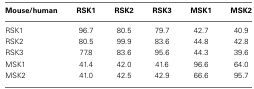
<table><thead><tr><td><b>Mouse/human</b></td><td><b>RSK1</b></td><td><b>RSK2</b></td><td><b>RSK3</b></td><td><b>MSK1</b></td><td><b>MSK2</b></td></tr></thead><tbody><tr><td>RSK1</td><td>96.7</td><td>80.5</td><td>79.7</td><td>42.7</td><td>40.9</td></tr><tr><td>RSK2</td><td>80.5</td><td>99.9</td><td>83.6</td><td>44.8</td><td>42.8</td></tr><tr><td>RSK3</td><td>77.8</td><td>83.6</td><td>95.6</td><td>44.3</td><td>39.6</td></tr><tr><td>MSK1</td><td>41.4</td><td>42.0</td><td>41.6</td><td>96.6</td><td>64.0</td></tr><tr><td>MSK2</td><td>41.0</td><td>42.5</td><td>42.9</td><td>66.6</td><td>95.7</td></tr></tbody></table>